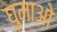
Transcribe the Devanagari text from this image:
घुमाओ